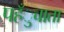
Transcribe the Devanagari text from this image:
पहँुचाता